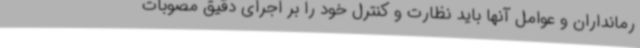
رمانداران و عوامل آنها باید نظارت و کنترل خود را بر اجرای دقیق مصوبات